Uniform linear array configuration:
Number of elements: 32
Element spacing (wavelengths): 0.25
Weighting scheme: uniform
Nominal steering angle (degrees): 0
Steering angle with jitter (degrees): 1.088
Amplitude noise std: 0.05
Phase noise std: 0.05

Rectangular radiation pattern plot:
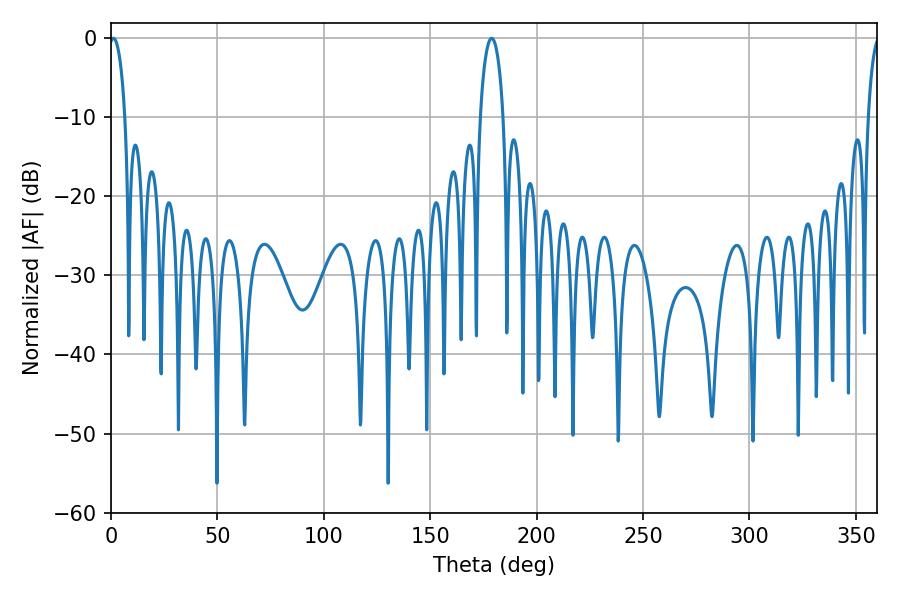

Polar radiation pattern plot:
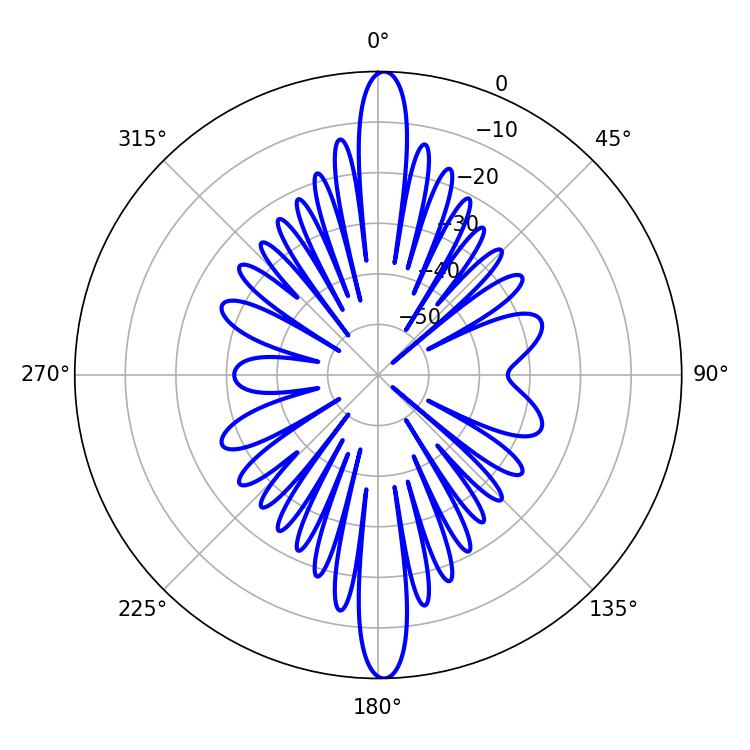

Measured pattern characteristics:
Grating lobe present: FALSE
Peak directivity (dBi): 25.741
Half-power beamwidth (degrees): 4.14
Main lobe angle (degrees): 1.08